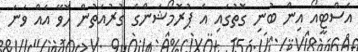
އެސްޓީއޯ އިން ބުނި ގޮތުގައި އެ ޕުރޮމޯޝަންގެ ގުރުއަތުން ހޮވޭ އެއް ވަނަ